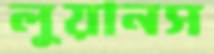
লুয়ানস